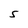
Character: 5